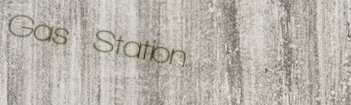
Gas Station